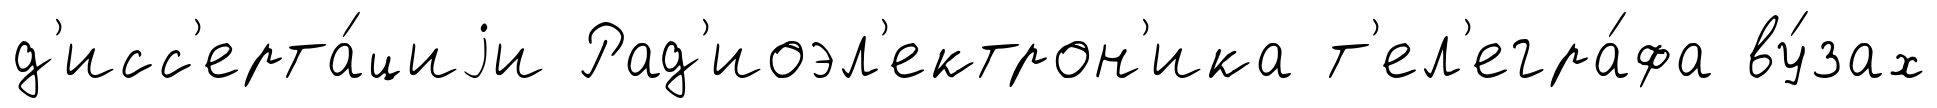
д'исс'ерта́циjи Рад'иоэл'ектрон'ика т'ел'егра́фа ву́зах